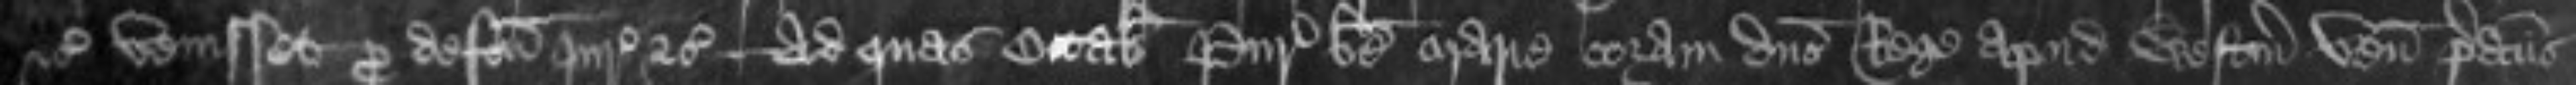
etc venisset pro defectu Juratorum etc ad quas Octabis Purificationis beate Marie coram domino Rege apud Westmonasterium venit predictus